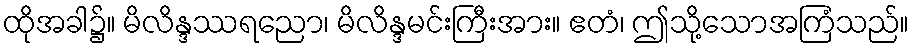
ထိုအခါ၌။ မိလိန္ဒဿရညော၊ မိလိန္ဒမင်းကြီးအား။ ဧတံ၊ ဤသို့သောအကြံသည်။